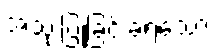
အသုံးပြုခြင်းခံရသော